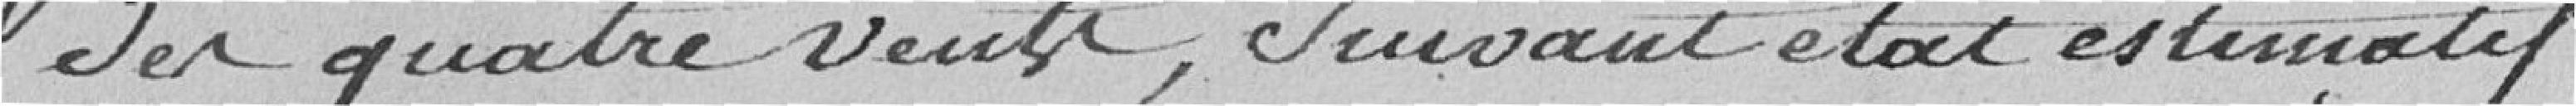
des quatre vents, suivant état estimatif